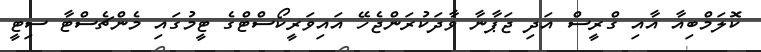
ކޮލަމްބިއާ އާއި ގްރީސް އަދި ޖަޕާނާ ވާދަކުރަންޖެހޭ އައިވަރީކޯސްޓްގެ ޓީމުގައި މެންޗެސްޓާ ސިޓީ